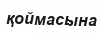
қоймасына